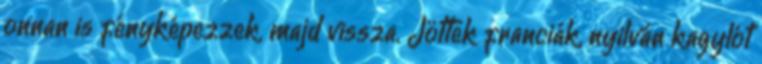
onnan is fényképezzek, majd vissza. Jöttek franciák, nyilván kagylót